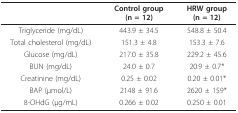
<table><thead><tr><td></td><td><b>Control group (n = 12)</b></td><td><b>HRW group (n = 12)</b></td></tr></thead><tbody><tr><td>Triglyceride (mg/dL)</td><td>443.9 ± 34.5</td><td>548.8 ± 50.4</td></tr><tr><td>Total cholesterol (mg/dL)</td><td>151.3 ± 4.8</td><td>153.3 ± 7.6</td></tr><tr><td>Glucose (mg/dL)</td><td>217.0 ± 35.8</td><td>229.2 ± 45.6</td></tr><tr><td>BUN (mg/dL)</td><td>24.0 ± 0.7</td><td>20.9 ± 0.7*</td></tr><tr><td>Creatinine (mg/dL)</td><td>0.25 ± 0.02</td><td>0.20 ± 0.01*</td></tr><tr><td>BAP (μmol/L)</td><td>2148 ± 91.6</td><td>2620 ± 159*</td></tr><tr><td>8-OHdG (μg/mL)</td><td>0.266 ± 0.02</td><td>0.250 ± 0.01</td></tr></tbody></table>